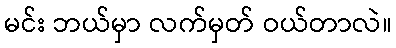
မင်း ဘယ်မှာ လက်မှတ် ဝယ်တာလဲ။